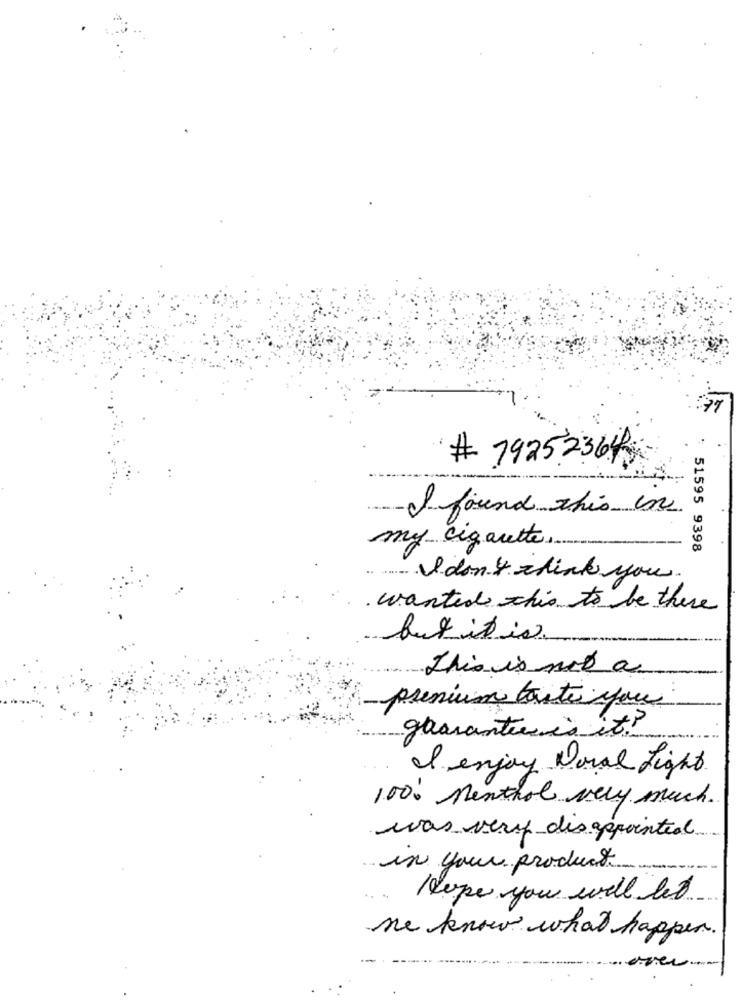
.
# 7925 2364
I found this in
my cigarette ..
* 51595 9398
I don't think you
wanted this to be there
butit is.
This is not a
premium toute you
guarantees it ?
enjoy Doval Light.
100. Menthol very much.
was very disappointed
in your product
leope you will let
me know what happen.